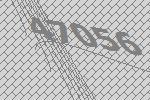
47056